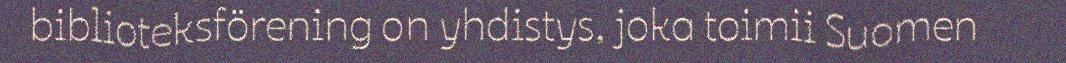
biblioteksförening on yhdistys, joka toimii Suomen